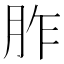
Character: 胙